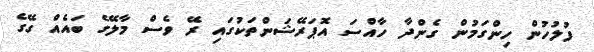
ފުލުހުން ހިންގަމުން ގެންދާ ހާއްސަ އޮޕަރޭޝަންތަކުގައި ރޭ ވެސް މާލޭގެ ބައެއް ގޭގެ